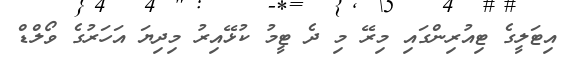
އިޓަލީގެ ޓިއުރިންގައި މިރޭ މި ދެ ޓީމު ކުޅޭއިރު މިދިޔަ އަހަރުގެ ވޯލްޑް